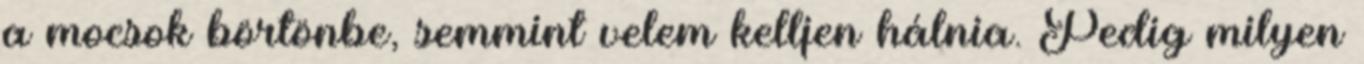
a mocsok börtönbe, semmint velem kelljen hálnia. Pedig milyen